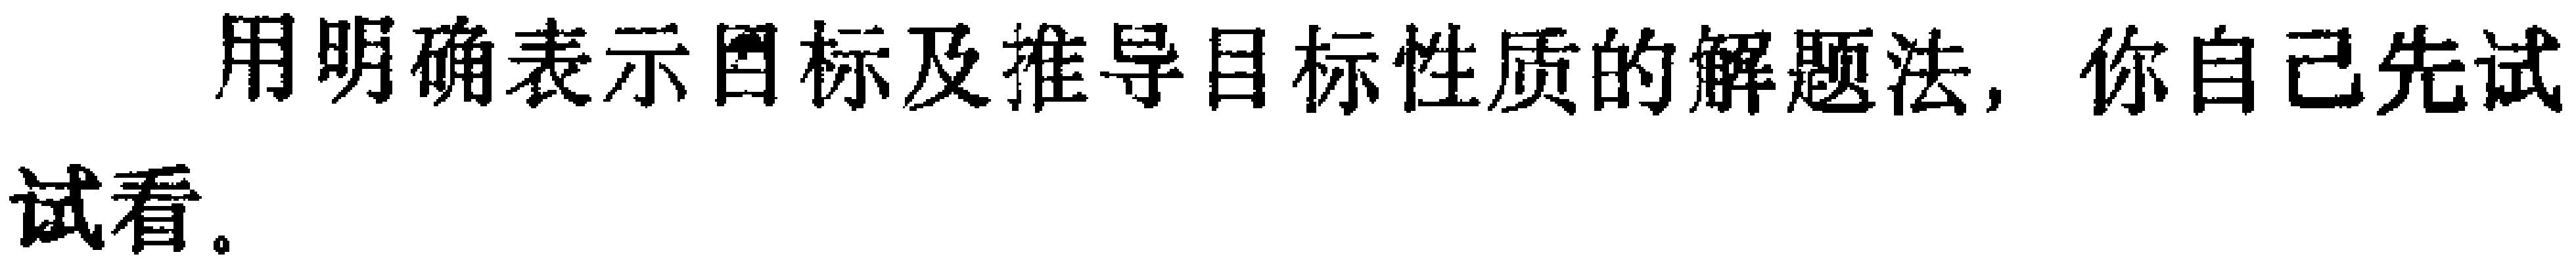
用明确表示目标及推导目标性质的解题法，你自己先试试看。